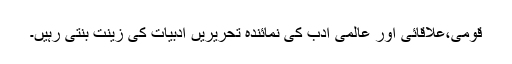
قومی،علاقائی اور عالمی ادب کی نمائندہ تحریریں ادبیات کی زینت بنتی رہیں۔